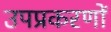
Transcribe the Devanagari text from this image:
उपप्रकरणों